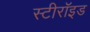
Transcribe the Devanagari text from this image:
स्टीरॉइड